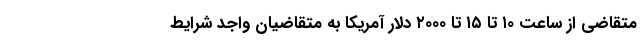
متقاضی از ساعت ۱۰ تا ۱۵ تا ۲۰۰۰ دلار آمریکا به متقاضیان واجد شرایط